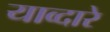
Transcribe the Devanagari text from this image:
याव्दारे